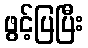
ဖွင့်ပြပြီး